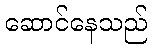
ဆောင်နေသည်